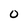
Character: O